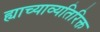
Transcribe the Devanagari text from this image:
ह्याच्याव्यतिरिक्त